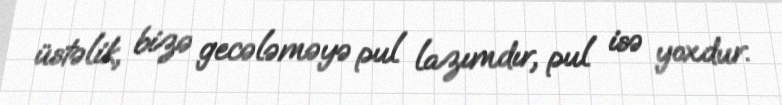
üstəlik, bizə gecələməyə pul lazımdır, pul isə yoxdur.